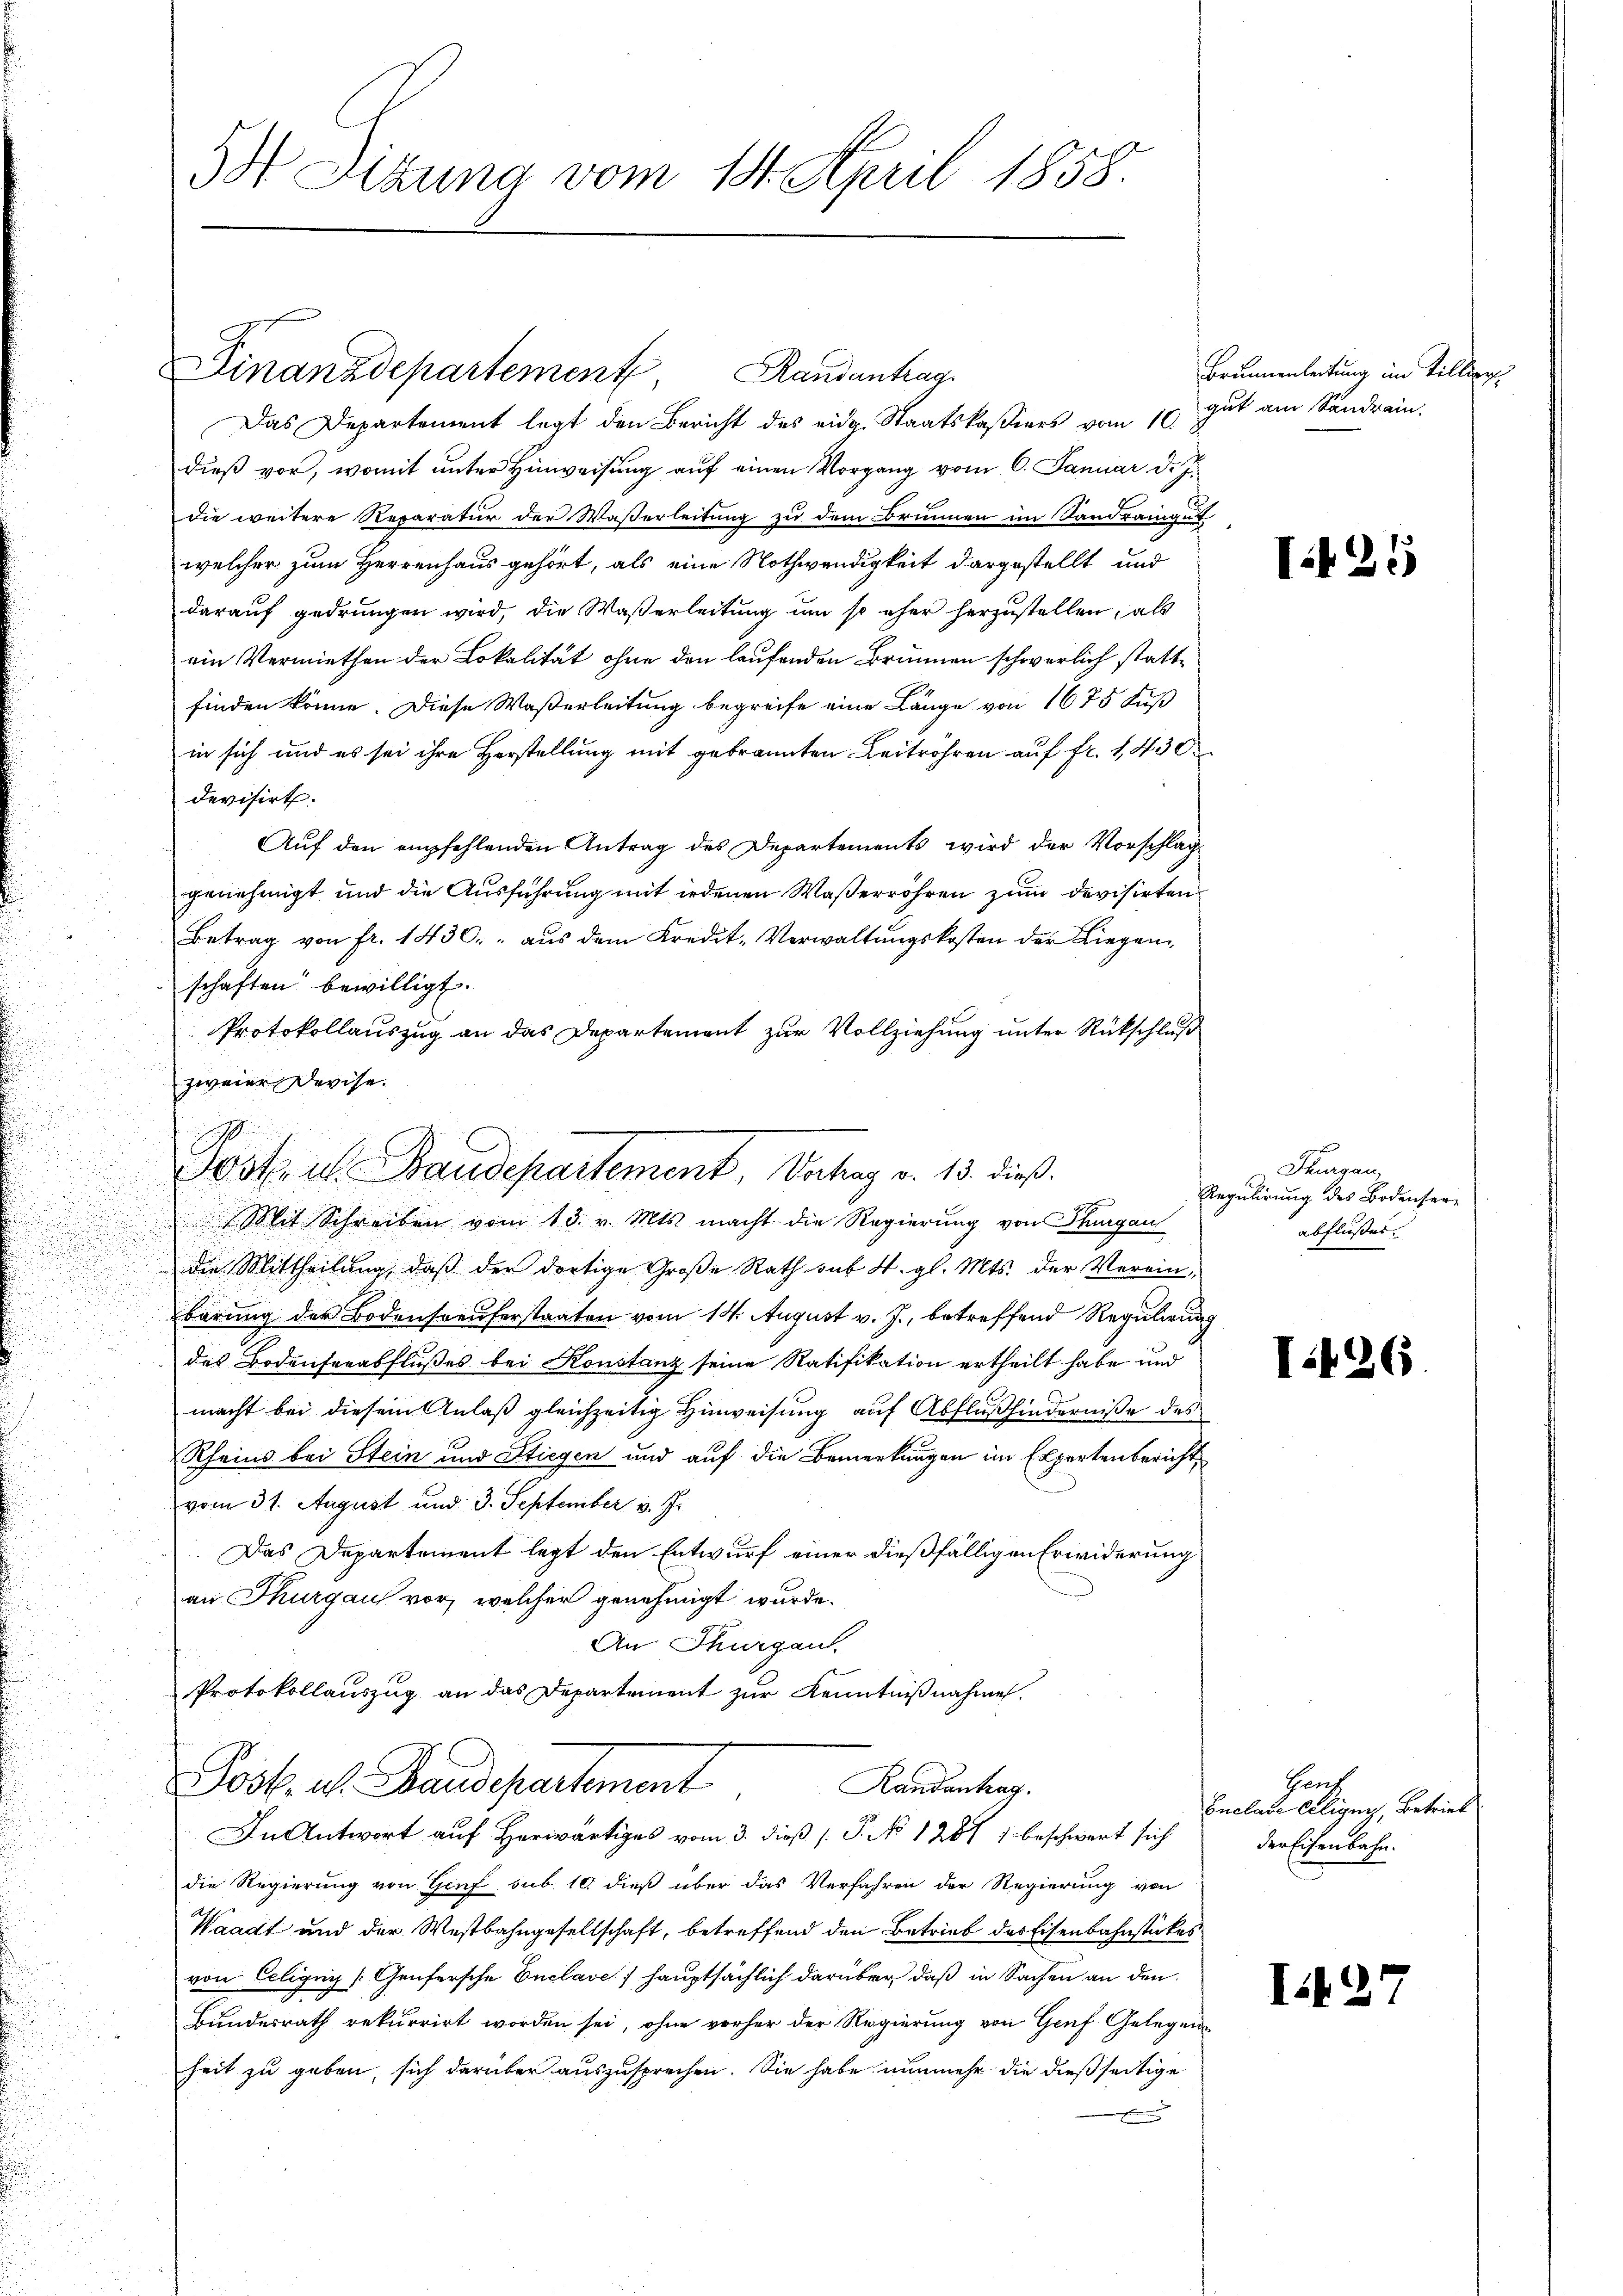
3 Dizung vom 14. April 1858.

Mit Schreiben vom 13. v. Mts. macht die Regierung von Hungau
die Mittheilung, daß der dortige Große Rath sub N. gl. Mts. der Vereinbarung des Bodensreuferstaaten vom 14. August v. J., betreffend Regulirung
des Bodenserabflußes bei Konstanz seine Ratifikation ertheilt habe und
macht bei diesem Anlaß gleichzeitig Hinweisung auf Abflußhinderniße des
Rheins bei Stein und Stiegen und auf die Bemerkungen im Expertenbericht
vom 31. August und 3. September v. J.
Das Departement legt den Entwurf einer dießfälligen Erwiderung
an Thurgau vor, welcher genehmigt wurde.
An Thurgau
Protokollauszug an das Departement zur Kenntnißnahme.
Posk. v. Baudepartement
Randantrag.
In Antwort auf Herwärtiges vom 3. dieß ( P. No 12871 beschwert sich
die Regierung von Genf sub 10. dieß über das Verfahren der Regierung von
Waadt und der Westbahngesellschaft, betreffend den Betrieb das Eisenbahnstückes
von Ecligny [Genfersche Enclave hauptsächlich darüber, daß in Sachen an den
Bundesrath rekurrirt worden sei, ohne vorher der Regierung von Genf Gelegen
heit zu geben, sich darüber auszusprechen. Sie habe nunmehr die dießseitige

Finanzdepartement, Randantrag
Das Departement legt den Bericht des eidg. Staatskassiers vom 10.
dieß vor, womit unter Hinweisung auf einen Vorgang vom 6. Januar d. J.
die weitere Reparatur der Waßerleitung zu dem Brunnen im Sandrangut
welcher zum Herrenhaus gehört, als eine Nothwendigkeit dargestellt und
darauf gedrungen wird, die Waßerleitung um so eher herzustellen, als
ein Vermiethen der Lokalität ohne den laufenden Brunnen schwerlich stattfinden könne. Diese Waßerleitung begreife eine Länge von 1675 Fuß
in sich und es sei ihre Herstellung mit gebrannten Beitröhren auf fr. 1430
devisirt.
Auf den empfehlenden Antrag des Departements wird der Vorschlag
genehmigt und die Ausführung mit iedenen Waßerröhren zum Devisirten
Betrag von fr. 1430. " aus dem Kredit-Verwaltungskosten der Liegenschaften bewilligt.
Protokollauszug an das Departement zur Vollziehung unter Rückschluß
zweier Devise.

Postul Baudepartement, Vatag v. 13. dieß

Brunnenleitung im Tillig
gut am Sandrain.

Thurgau,
Regulirung des Bodensere
abflußes.

Hauf
Euclare Eiligung, Betrieb
der Eisenbahn.

425

I426

I.1